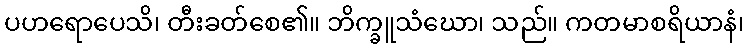
ပဟရောပေသိ၊ တီးခတ်စေ၏။ ဘိက္ခူသံဃော၊ သည်။ ကတမာစရိယာနံ၊